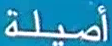
أصيلة